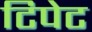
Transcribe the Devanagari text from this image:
टिपेट